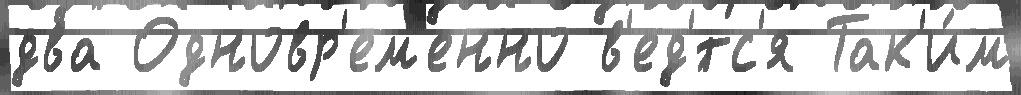
два Одновр'ем'енно в'ед'́тс'я Так'и́м